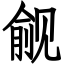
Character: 觎